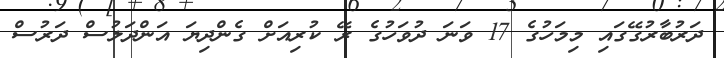
ދަރުބާރުގޭގައި މިމަހުގެ 17 ވަނަ ދުވަހުގެ ރޭ ކުރިއަށް ގެންދިޔަ އަންދަލުސް ދަރުސް